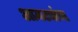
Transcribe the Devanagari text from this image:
आमट्यांचा